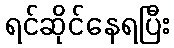
ရင်ဆိုင်နေရပြီး